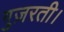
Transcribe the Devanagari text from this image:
गुज़रती।